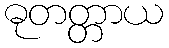
ဓုတတ္တာယ